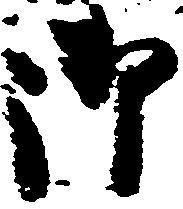
御